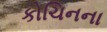
કોચિનના